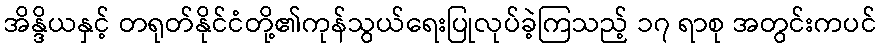
အိန္ဒိယနှင့် တရုတ်နိုင်ငံတို့၏ကုန်သွယ်ရေးပြုလုပ်ခဲ့ကြသည့် ၁၇ ရာစု အတွင်းကပင်